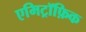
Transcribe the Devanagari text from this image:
एमिट्रॉफ़िक